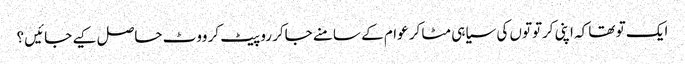
ایک تو تھا کہ اپنی کرتوتوں کی سیاہی مٹا کر عوام کے سامنے جاکر رو پیٹ کر ووٹ حاصل کیے جائیں ؟